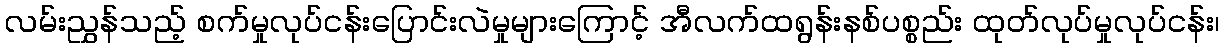
လမ်းညွှန်သည့် စက်မှုလုပ်ငန်းပြောင်းလဲမှုများကြောင့် အီလက်ထရွန်းနစ်ပစ္စည်း ထုတ်လုပ်မှုလုပ်ငန်း၊